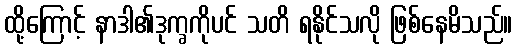
ထို့ကြောင့် နာဒါ၏ဒုက္ခကိုပင် သတိ ရနိုင်သလို ဖြစ်နေမိသည်။